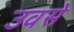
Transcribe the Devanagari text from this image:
उवसे